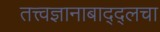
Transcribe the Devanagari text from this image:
तत्त्वज्ञानाबाद्द्लचा